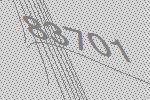
83701